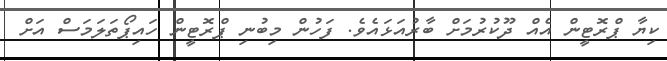
ކިޔާ ޕްރޮޓީން އެއް ދޫކުރުމަށް ބާރުއަޅައެވެ. ފަހުން މިބުނި ޕްރޮޓީން ހައިޕޯތަލަމަސް އަށް